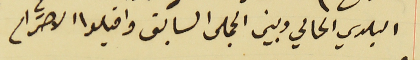
البلدي الحالي وبين المجلس السابق واقبلوا الاحترام